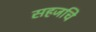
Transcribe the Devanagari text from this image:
सहजचि